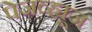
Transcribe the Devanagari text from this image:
पेजव्ह्यूज